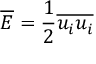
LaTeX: { \overline { { E } } } = { \frac { 1 } { 2 } } { \overline { { u _ { i } u _ { i } } } }